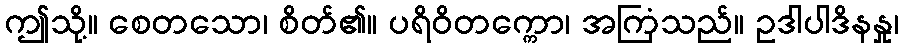
ဤသို့။ စေတသော၊ စိတ်၏။ ပရိဝိတက္ကော၊ အကြံသည်။ ဥဒါပါဒိနနှု၊